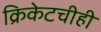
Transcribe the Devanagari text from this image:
क्रिकेटचीही